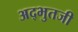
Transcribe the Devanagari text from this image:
अद्भुतजी